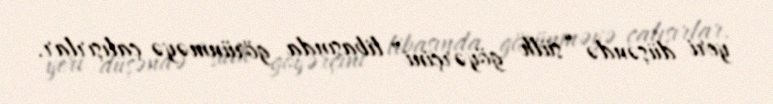
yeri düşəndə “sülh göyərçini” libasında görünməyə çalışırlar.